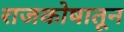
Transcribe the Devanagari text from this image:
राजकोषातून